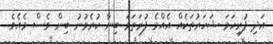
އަދި ފުރިހަމަ ޝަހަރުތަކެއް އެއްމެ ފުރަތަމަ ބިނާ ކުރެވުނު ބިން ވެސް މެއެވެ.